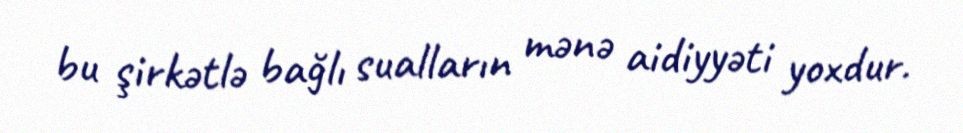
bu şirkətlə bağlı sualların mənə aidiyyəti yoxdur.